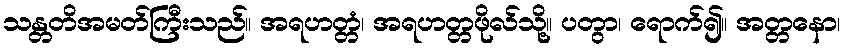
သန္တတိအမတ်ကြီးသည်။ အရဟတ္တံ၊ အရဟတ္တဖိုလ်သို့။ ပတွာ၊ ရောက်၍။ အတ္တနော၊